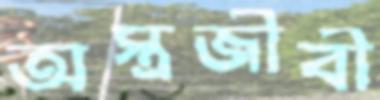
অস্ত্রজীবী